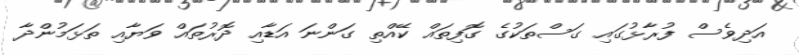
އަދިވެސް ފުރާޅުގައި ގަސްތަކުގެ ގޮފިތައް ކޭއްތި ގަންނަ އަޑާއި ދޮރުތައް ވަޔާއި ތަޅަމުންދާ